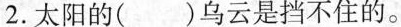
2.太阳的()乌云是挡不住的。